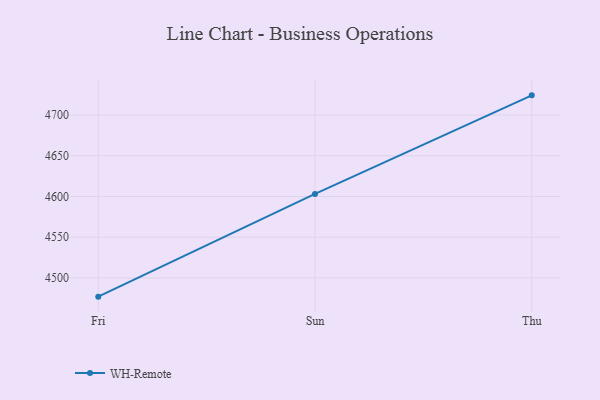
{"axis": {"x": "Day", "y": "Shipments"}, "legend": ["WH-Remote"], "data": [{"x": "Fri", "y": 4477.0, "type": "WH-Remote"}, {"x": "Sun", "y": 4603.1, "type": "WH-Remote"}, {"x": "Thu", "y": 4724.2, "type": "WH-Remote"}]}